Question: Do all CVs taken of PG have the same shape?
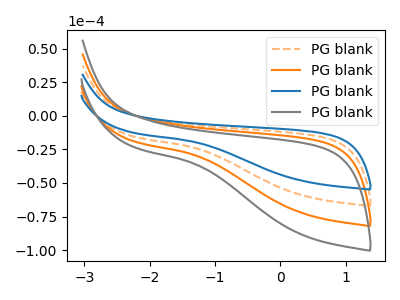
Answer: <think>The orange dashed curve "PG blank1" has no peaks. The orange curve "PG blank2" has no peaks. The blue curve "PG blank3" has no peaks. The gray curve "PG blank4" has no peaks.
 Neither "PG blank1" or "PG blank2" have any peaks. Neither "PG blank1" or "PG blank3" have any peaks. Neither "PG blank1" or "PG blank4" have any peaks. Neither "PG blank2" or "PG blank3" have any peaks. Neither "PG blank2" or "PG blank4" have any peaks. Neither "PG blank3" or "PG blank4" have any peaks.</think>
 <answer>All the CV's of "PG" have similar shape.</answer>
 <eval>follow_rule</eval>